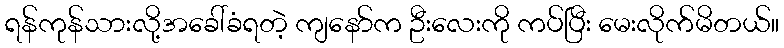
ရန်ကုန်သားလို့အခေါ်ခံရတဲ့ ကျနော်က ဦးလေးကို ကပ်ပြီး မေးလိုက်မိတယ်။